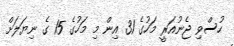
ހުސްވި ޖެނުއަރީ މަހުގެ 31 އިން މި މަހުގެ 15 ގެ ނިޔަލަށް